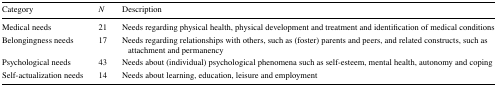
| Category | N | Description |
 | --- | --- | --- |
 | Medical needs | 21 | Needs regarding physical health, physical development and treatment and identification of medical conditions |
 | Belongingness needs | 17 | Needs regarding relationships with others, such as (foster) parents and peers, and related constructs, such as attachment and permanency |
 | Psychological needs | 43 | Needs about (individual) psychological phenomena such as self-esteem, mental health, autonomy and coping |
 | Self-actualization needs | 14 | Needs about learning, education, leisure and employment |